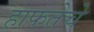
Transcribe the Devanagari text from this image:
हाफतेचे